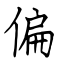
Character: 偏